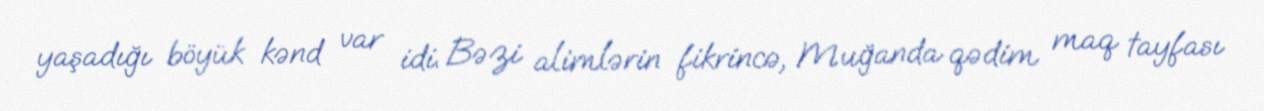
yaşadığı böyük kənd var idi. Bəzi alimlərin fikrincə, Muğanda qədim maq tayfası